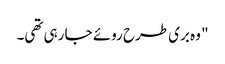
" وہ بری طرح روئے جا رہی تھی۔